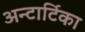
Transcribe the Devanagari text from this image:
अन्टार्टिका